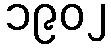
၁၉၀၂